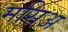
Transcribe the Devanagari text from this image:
मसिअ